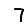
Digit: 7